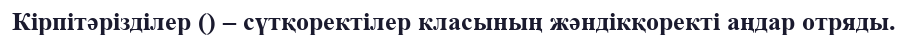
Кірпітәрізділер () – сүтқоректілер класының жәндікқоректі аңдар отряды.